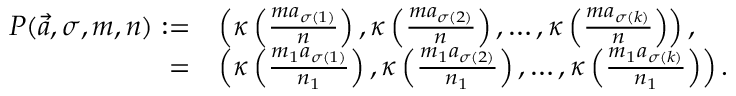
\begin{array} { r l } { P ( \vec { a } , \sigma , m , n ) : = } & { \left( \kappa \left( \frac { m a _ { \sigma ( 1 ) } } { n } \right) , \kappa \left( \frac { m a _ { \sigma ( 2 ) } } { n } \right) , \dots , \kappa \left( \frac { m a _ { \sigma ( k ) } } { n } \right) \right) , } \\ { = } & { \left( \kappa \left( \frac { m _ { 1 } a _ { \sigma ( 1 ) } } { n _ { 1 } } \right) , \kappa \left( \frac { m _ { 1 } a _ { \sigma ( 2 ) } } { n _ { 1 } } \right) , \dots , \kappa \left( \frac { m _ { 1 } a _ { \sigma ( k ) } } { n _ { 1 } } \right) \right) . } \end{array}